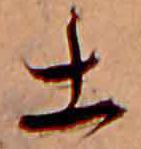
土